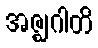
အဇ္ဈဂါတိ